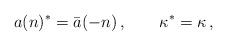
LaTeX: \begin{align*}a(n)^*=\bar a(-n)\,, \qquad \kappa^*=\kappa\,,\end{align*}